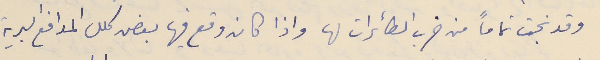
وقد نجت تماماً من ضرب الطائرات لها واذا كان وقع فيها بعض كلل المدافع البرية